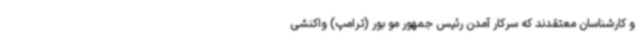
و کارشناسان معتقدند که سرکار آمدن رئیس جمهور مو بور (ترامپ) واکنشی